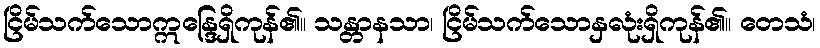
ငြိမ်သက်သောဣန္ဒြေရှိကုန်၏။ သန္တာနသာ၊ ငြိမ်သက်သောနှလုံးရှိကုန်၏။ တေသံ၊